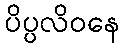
ပိပ္ပလိဝနေ